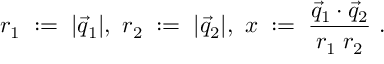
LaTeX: r _ { 1 } \; : = \; | \vec { q } _ { 1 } | , \ r _ { 2 } \; : = \; | \vec { q } _ { 2 } | , \ x \; : = \; \frac { \vec { q } _ { 1 } \cdot \vec { q } _ { 2 } } { r _ { 1 } \; r _ { 2 } } \ .